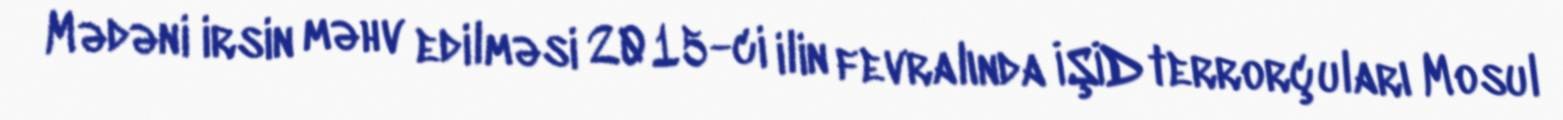
Mədəni irsin məhv edilməsi 2015-ci ilin fevralında İŞİD terrorçuları Mosul